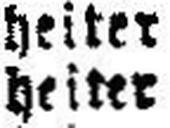
heiter